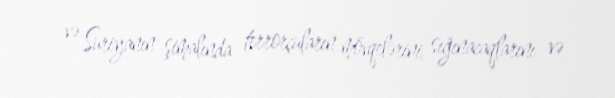
və Suriyanın şimalında terrorçuların mövqelərini, sığınacaqlarını və